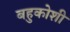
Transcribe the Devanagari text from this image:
बहुकोशी